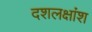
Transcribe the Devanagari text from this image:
दशलक्षांश